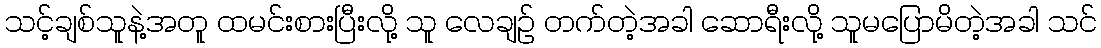
သင့်ချစ်သူနဲ့အတူ ထမင်းစားပြီးလို့ သူ လေချဉ် တက်တဲ့အခါ ဆောရီးလို့ သူမပြောမိတဲ့အခါ သင်